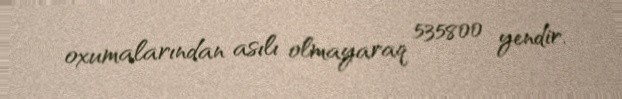
oxumalarından asılı olmayaraq 535800 yendir.